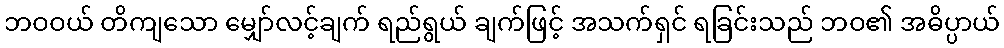
ဘဝဝယ် တိကျသော မျှော်လင့်ချက် ရည်ရွယ် ချက်ဖြင့် အသက်ရှင် ရခြင်းသည် ဘဝ၏ အဓိပ္ပာယ်